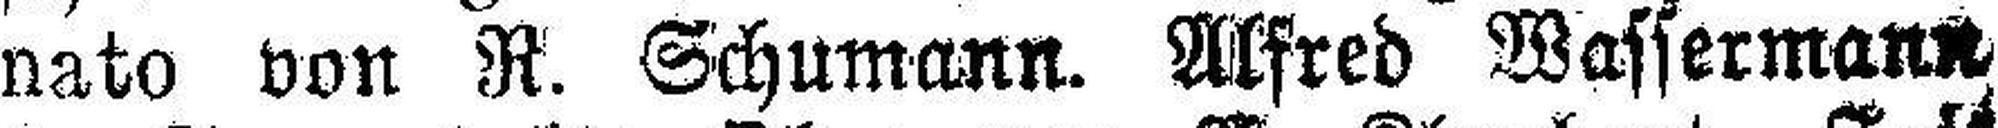
nato von R. Schumann. Alfred Wassermann